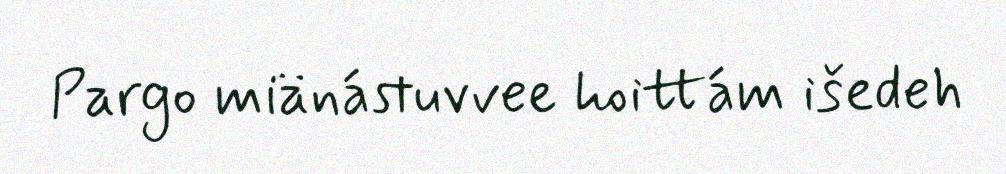
Pargo miänástuvvee hoittám išedeh